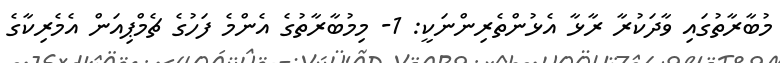
މުބާރާތުގައި ވާދަކުރާ ރާޅާ އެޅުންތެރިންނަކީ: 1- މިމުބާރާތުގެ އެންމެ ފަހުގެ ޗެމްޕިއަން އެމެރިކާގެ